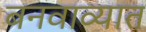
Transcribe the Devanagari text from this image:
बनवाव्यात